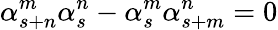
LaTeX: \alpha_{s+n}^{m}\alpha_{s}^{n}-\alpha_{s}^{m}\alpha_{s+m}^{n}=0